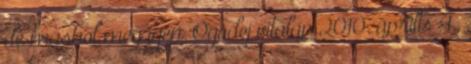
de máshol meg igen. Ogodej vitalap 2010. április 4.,